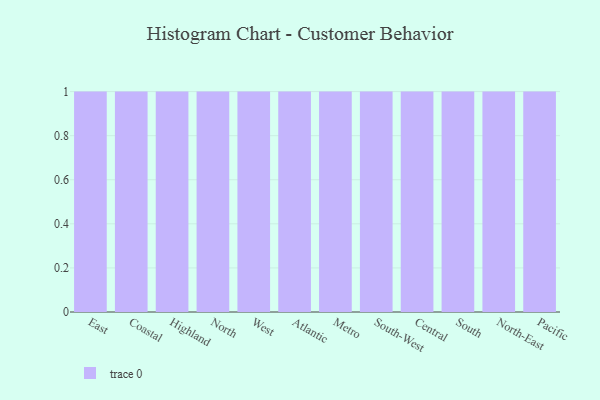
{"axis": {"x": "Region", "y": "Backlog"}, "legend": [""], "data": [{"x": "East", "y": 39, "type": ""}, {"x": "Coastal", "y": 9, "type": ""}, {"x": "Highland", "y": 72, "type": ""}, {"x": "North", "y": 12, "type": ""}, {"x": "West", "y": 76, "type": ""}, {"x": "Atlantic", "y": 51, "type": ""}, {"x": "Metro", "y": 61, "type": ""}, {"x": "South-West", "y": 76, "type": ""}, {"x": "Central", "y": 24, "type": ""}, {"x": "South", "y": 3, "type": ""}, {"x": "North-East", "y": 17, "type": ""}, {"x": "Pacific", "y": 42, "type": ""}]}